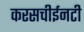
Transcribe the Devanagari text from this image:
करसचीईनटी